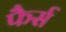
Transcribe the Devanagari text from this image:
फैर्स